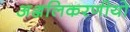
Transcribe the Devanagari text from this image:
अञ्जलिकरणीयो